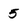
Character: 5